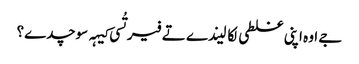
‏ جے اوہ اپنی غلطی لکا لیندے تے فیر تُسی کیہہ سوچدے؟